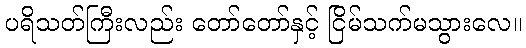
ပရိသတ်ကြီးလည်း တော်တော်နှင့် ငြိမ်သက်မသွားလေ။